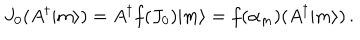
J _ { 0 } ( A ^ { \dagger } | m \rangle ) = A ^ { \dagger } f ( J _ { 0 } ) | m \rangle = f ( \alpha _ { m } ) ( A ^ { \dagger } | m \rangle ) \, .